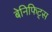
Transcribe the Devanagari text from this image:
बेनिफिट्स